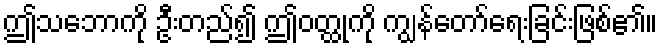
ဤသဘောကို ဦးတည်၍ ဤဝတ္ထုကို ကျွန်တော်ရေးခြင်းဖြစ်၏။